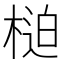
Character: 𣖐